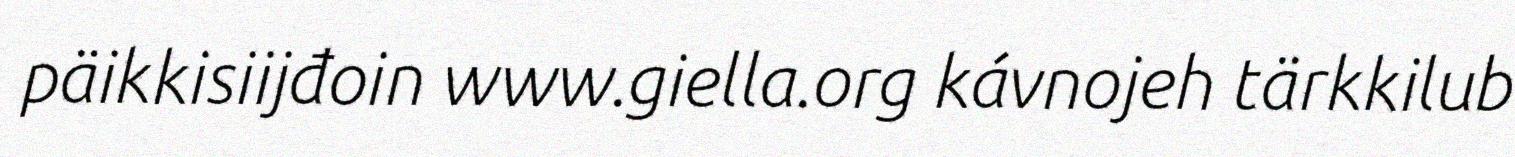
päikkisiijđoin www.giella.org kávnojeh tärkkilub